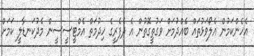
އެހެންކަމުން އެލޯވަޅުތައް ބެއްދުމަށް ވަގުތީގޮތުން އެ ދެފެރީގެ ހިދުމަތް އެމްޓީސީސީން މެދުކަނޑާލީ ކަމަށް